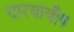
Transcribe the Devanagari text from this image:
दारयावौष